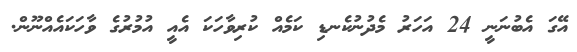
އޭގަ އެބުނަނީ 24 އަހަރު މެދުނުކެނޑި ކަމެއް ކުރިވާހަކަ އެއީ އުމުރުގެ ވާހަކައެއްނޫން.